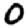
Digit: 0